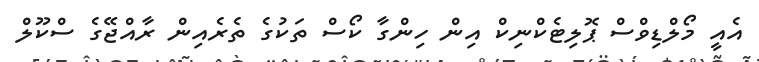
އެއީ މޯލްޑިވްސް ޕޮލިޓެކްނިކް އިން ހިންގާ ކޯސް ތަކުގެ ތެރެއިން ރާއްޖޭގެ ސްކޫލް